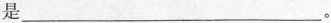
是___。